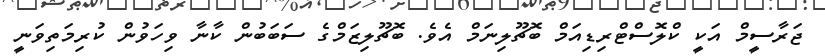
ޖަރާސީމް އަކީ ކްލޮސްޓްރިޑިއަމް ބޮޗޫލިނަމް އެވެ. ބޮޗޫލިޒަމްގެ ސަބަބުން ކާނާ ވިހަވުން ކުރިމަތިވަނީ